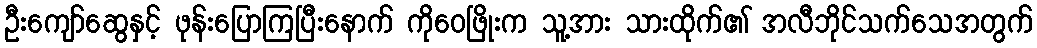
ဦးကျော်ဆွေနှင့် ဖုန်းပြောကြပြီးနောက် ကိုဝေဖြိုးက သူ့အား သားထိုက်၏ အလီဘိုင်သက်သေအတွက်